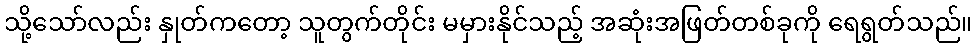
သို့သော်လည်း နှုတ်ကတော့ သူတွက်တိုင်း မမှားနိုင်သည့် အဆုံးအဖြတ်တစ်ခုကို ရေရွတ်သည်။